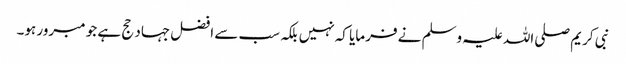
نبی کریم صلی اللہ علیہ وسلم نے فرمایا کہ نہیں بلکہ سب سے افضل جہاد حج ہے جو مبرور ہو۔